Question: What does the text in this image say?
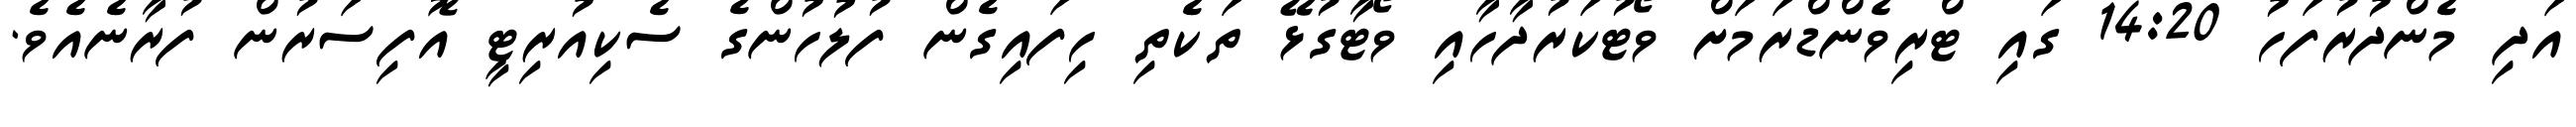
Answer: އަދި މެންދުރުފަހު 14:20 ގައި ޓްރިވެންޑްރަމަށް ވޯޓުކަރުދާހާއި ވޯޓާގުޅޭ ތަކެތި ހިފައިގެން ފުލުހުންގެ ސެކިއުރިޓީ އޮފިސަރުން ފުރާނެއެވެ.